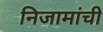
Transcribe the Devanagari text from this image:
निजामांची